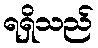
ရရှိသည်